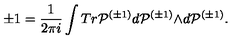
\pm 1 = \frac { 1 } { 2 { \pi } i } \int T r { \cal P } ^ { ( { \pm } 1 ) } d { \cal P } ^ { ( { \pm } 1 ) } { \wedge } d { \cal P } ^ { ( { \pm } 1 ) } .